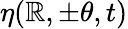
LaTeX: \eta(\mathbb{R},\pm\theta,t)